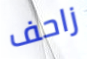
زاحف